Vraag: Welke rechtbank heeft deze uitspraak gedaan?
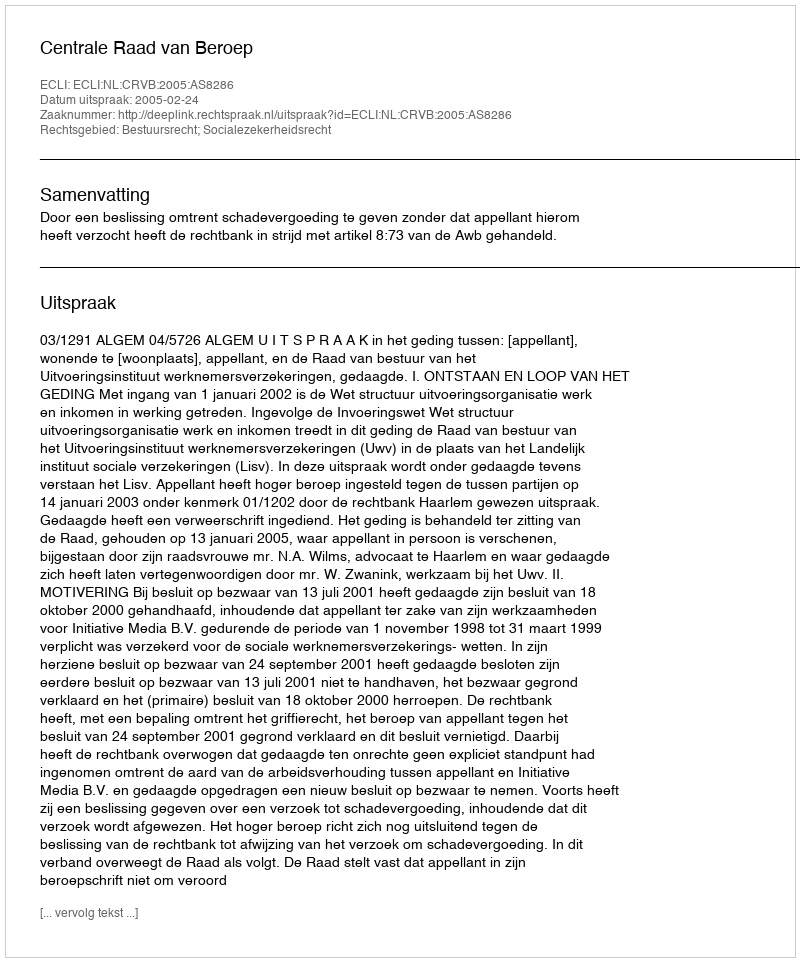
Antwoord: Centrale Raad van Beroep